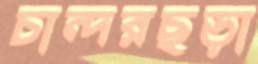
চান্দরছড়া